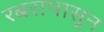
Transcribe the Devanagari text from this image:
रबरापासून